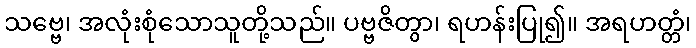
သဗ္ဗေ၊ အလုံးစုံသောသူတို့သည်။ ပဗ္ဗဇိတွာ၊ ရဟန်းပြု၍။ အရဟတ္တံ၊